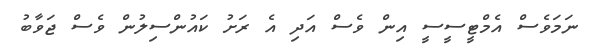
ނަމަވެސް އެމްޓީސީސީ އިން ވެސް އަދި އެ ރަށު ކައުންސިލުން ވެސް ޖަވާބު